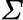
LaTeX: \varSigma